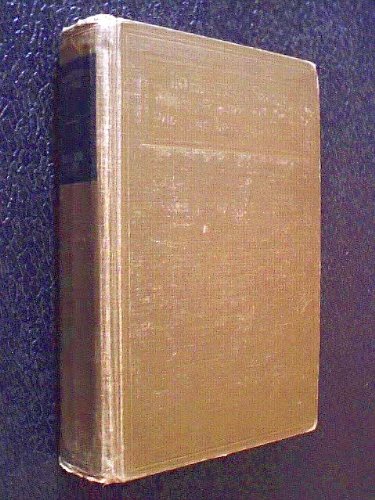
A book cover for THEORETICAL ACOUSTICS. A Volume in International Series in Pure and Applied Physics.; Philip M. Morse; Science & Math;